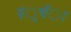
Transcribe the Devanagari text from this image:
पंुचँा